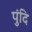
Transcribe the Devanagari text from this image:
पुंदि